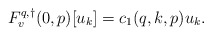
\begin{align*}F^{q,\dagger}_v(0,p)[u_k] = c_1(q,k,p)u_k.\end{align*}